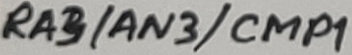
Text: RA3/AN3/CMP1